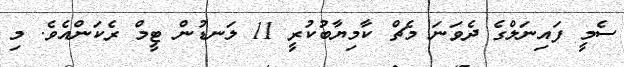
ސެމީ ފައިނަލްގެ ދެވަނަ މެޗް ކާމިޔާބުކުރީ 11 ލަނޑުން ޓީމް ރެކަންއެވެ. މި